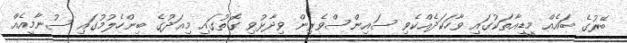
ބޭރުގެ ބައެއް މީޑިއާތަކުގައި ވާހަކަދެއްކެވި ސައިންސްވެރިން ވިދާޅުވި ގޮތުގައި މިއަދުގެ ބިންހެލުމުގައި ސުނާމީއެއް